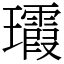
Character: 𤫑